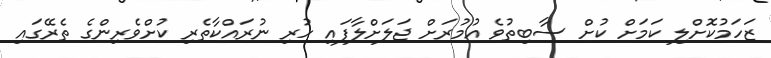
ޒަހަމުކޮށްލި ކަމަށް ކުށް ސާބިތުވެ އުމުރަށް ޖަލަށްލާފައި ހުރި ނުރައްކާތެރި ކުށްވެރިންގެ ތެރޭގައި